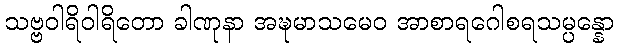
သဗ္ဗဝါရိဝါရိတော ခါဏုနာ အဍ္ဎမာသမေဝ အာစာရဂေါစရသမ္ပန္နော